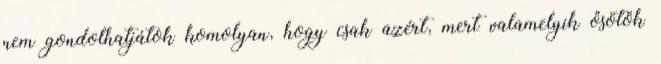
nem gondolhatjátok komolyan, hogy csak azért, mert valamelyik ősötök